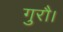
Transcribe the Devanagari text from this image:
गुरौ।